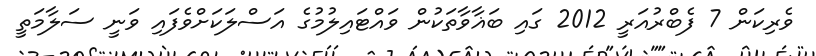
ވެރިކަން 7 ފެބްރުއަރީ 2012 ގައި ބަޣާވާތަކުން ވައްޓައިލުމުގެ އަސްލަކަށްވެފައި ވަނީ ސަލާމަތީ